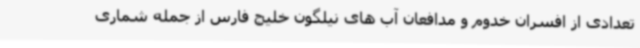
تعدادی از افسران خدوم و مدافعان آب های نیلگون خلیج فارس از جمله شماری